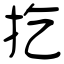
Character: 扢